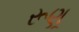
રૂણૂ